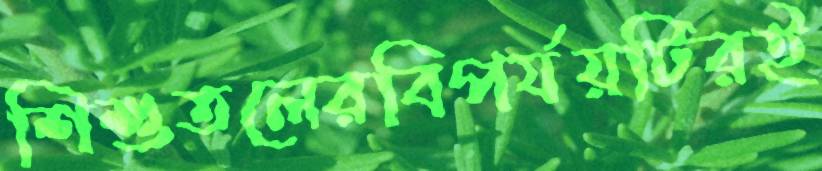
শিশুতলেরবিপর্যয়টিরই